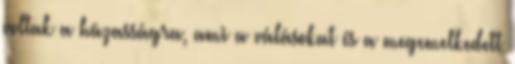
voltak a házasságra, ami a válásokat és a megemelkedett